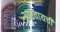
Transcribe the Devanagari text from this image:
आठवायची